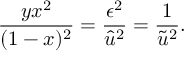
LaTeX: \frac { y x ^ { 2 } } { ( 1 - x ) ^ { 2 } } = \frac { \epsilon ^ { 2 } } { \hat { u } ^ { 2 } } = \frac { 1 } { \tilde { u } ^ { 2 } } .